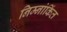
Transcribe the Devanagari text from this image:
निम्नांकिंत